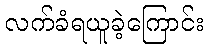
လက်ခံရယူခဲ့ကြောင်း